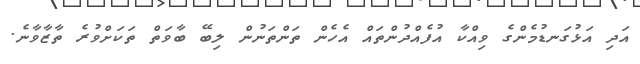
އަދި އަޅުގަނޑުމެންގެ ވިއްކާ އުފެއްދުންތައް އެހެން ތަންތަނުން ލިބޭ ބާވަތް ތަކަށްވުރެ ތާޒާވާނެ.